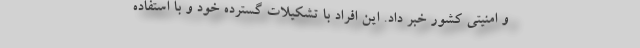
و امنیتی کشور خبر داد. این افراد با تشکیلات گسترده خود و با استفاده